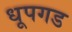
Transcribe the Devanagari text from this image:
धूपगड